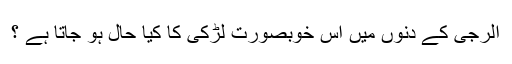
الرجی کے دنوں میں اس خوبصورت لڑکی کا کیا حال ہو جاتا ہے ؟